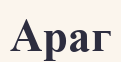
Араг